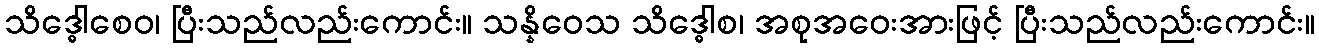
သိဒ္ဓေါစေဝ၊ ပြီးသည်လည်းကောင်း။ သန္နိဝေသ သိဒ္ဓေါစ၊ အစုအဝေးအားဖြင့် ပြီးသည်လည်းကောင်း။